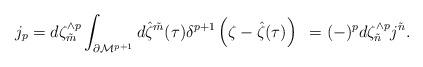
LaTeX: \begin{align*}j_{p} = d\zeta^{\wedge p}_{\tilde{m}} \int_{\partial {\cal M}^{p+1}}d{\hat \zeta}^{\tilde{m}} (\tau )\delta^{p+1} \left( \zeta - {\hat \zeta} (\tau )\right)~=(-)^p d\zeta^{\wedge p}_{\tilde{n}} j^{\tilde{n}} . \qquad\end{align*}